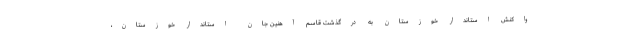
واکنش استاندار خوزستان به درگذشت قاسم آهنین جان استاندار خوزستان،